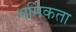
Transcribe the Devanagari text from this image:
धर्मिकता